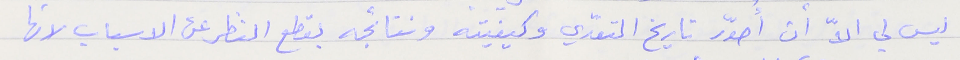
ليس لي الاّ أن أُصوّر تاريخ التعدّي وكيفيته ونتائجه بقطع النظر عن الاسباب لانها